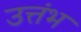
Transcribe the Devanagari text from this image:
उत्तंभ